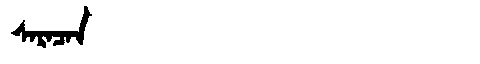
Manchu: ᠰᠠᡵᠠᠴᠠᠨ
Romanization: SARACAN